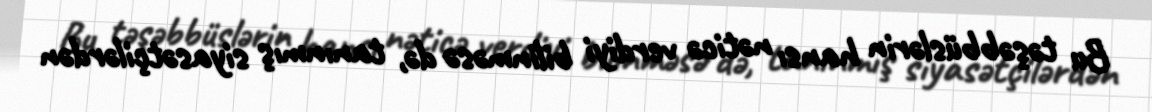
Bu təşəbbüslərin hansı nəticə verdiyi bilinməsə də, tanınmış siyasətçilərdən